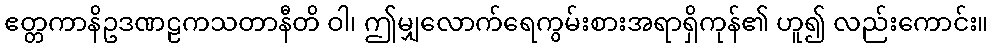
ဧတ္တကာနိဥဒဏဠကသတာနီတိ ဝါ၊ ဤမျှလောက်ရေကွမ်းစားအရာရှိကုန်၏ ဟူ၍ လည်းကောင်း။